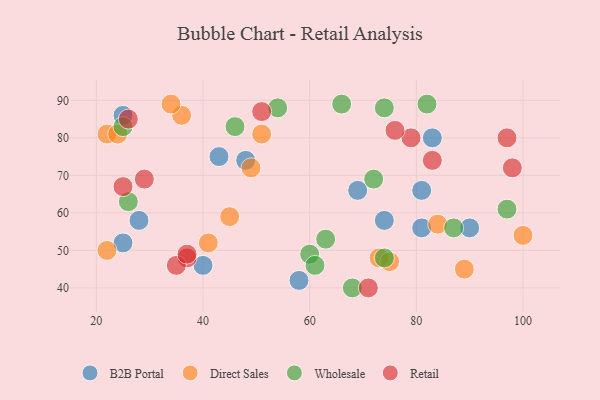
{"axis": {"x": "GDP", "y": "Life Expectancy"}, "legend": ["B2B Portal", "Direct Sales", "Retail", "Wholesale"], "data": [{"x": "25", "y": 52, "type": "B2B Portal"}, {"x": "90", "y": 56, "type": "B2B Portal"}, {"x": "43", "y": 75, "type": "B2B Portal"}, {"x": "69", "y": 66, "type": "B2B Portal"}, {"x": "58", "y": 42, "type": "B2B Portal"}, {"x": "28", "y": 58, "type": "B2B Portal"}, {"x": "83", "y": 80, "type": "B2B Portal"}, {"x": "48", "y": 74, "type": "B2B Portal"}, {"x": "81", "y": 56, "type": "B2B Portal"}, {"x": "74", "y": 58, "type": "B2B Portal"}, {"x": "25", "y": 86, "type": "B2B Portal"}, {"x": "40", "y": 46, "type": "B2B Portal"}, {"x": "81", "y": 66, "type": "B2B Portal"}, {"x": "36", "y": 86, "type": "Direct Sales"}, {"x": "51", "y": 81, "type": "Direct Sales"}, {"x": "34", "y": 89, "type": "Direct Sales"}, {"x": "22", "y": 81, "type": "Direct Sales"}, {"x": "49", "y": 72, "type": "Direct Sales"}, {"x": "41", "y": 52, "type": "Direct Sales"}, {"x": "89", "y": 45, "type": "Direct Sales"}, {"x": "22", "y": 50, "type": "Direct Sales"}, {"x": "73", "y": 48, "type": "Direct Sales"}, {"x": "100", "y": 54, "type": "Direct Sales"}, {"x": "24", "y": 81, "type": "Direct Sales"}, {"x": "45", "y": 59, "type": "Direct Sales"}, {"x": "84", "y": 57, "type": "Direct Sales"}, {"x": "75", "y": 47, "type": "Direct Sales"}, {"x": "60", "y": 49, "type": "Wholesale"}, {"x": "66", "y": 89, "type": "Wholesale"}, {"x": "46", "y": 83, "type": "Wholesale"}, {"x": "25", "y": 83, "type": "Wholesale"}, {"x": "68", "y": 40, "type": "Wholesale"}, {"x": "74", "y": 48, "type": "Wholesale"}, {"x": "72", "y": 69, "type": "Wholesale"}, {"x": "61", "y": 46, "type": "Wholesale"}, {"x": "26", "y": 63, "type": "Wholesale"}, {"x": "63", "y": 53, "type": "Wholesale"}, {"x": "54", "y": 88, "type": "Wholesale"}, {"x": "74", "y": 88, "type": "Wholesale"}, {"x": "87", "y": 56, "type": "Wholesale"}, {"x": "97", "y": 61, "type": "Wholesale"}, {"x": "82", "y": 89, "type": "Wholesale"}, {"x": "79", "y": 80, "type": "Retail"}, {"x": "37", "y": 48, "type": "Retail"}, {"x": "51", "y": 87, "type": "Retail"}, {"x": "25", "y": 67, "type": "Retail"}, {"x": "71", "y": 40, "type": "Retail"}, {"x": "76", "y": 82, "type": "Retail"}, {"x": "97", "y": 80, "type": "Retail"}, {"x": "98", "y": 72, "type": "Retail"}, {"x": "83", "y": 74, "type": "Retail"}, {"x": "35", "y": 46, "type": "Retail"}, {"x": "26", "y": 85, "type": "Retail"}, {"x": "37", "y": 49, "type": "Retail"}, {"x": "29", "y": 69, "type": "Retail"}]}